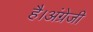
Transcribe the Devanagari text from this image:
है।अंग्रेजी